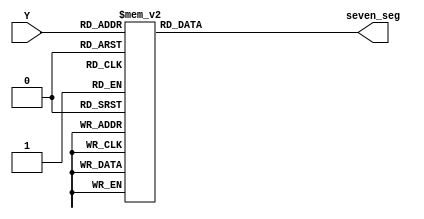
`timescale 1ns / 1ps
/********* EXAMPLE SEVEN SEGMENT DISPLAY MODULE **********/
/* This function would be used to convert a decimal digit*/
/* into a proper seven segment display value. Refer to   */
/* reference manual for seven segment led configuration  */
module sevenseg(Y,seven_seg);
input [3:0] Y;
output reg [6:0] seven_seg;

always @(*)begin
case (Y[3:0])
	   4'b0000:	seven_seg= 7'b0000001 ;
	   4'b0001:	seven_seg= 7'b1001111 ;
	   4'b0010:	seven_seg= 7'b0010010 ;
	   4'b0011:	seven_seg= 7'b0000110 ;
	   4'b0100:	seven_seg= 7'b1001100 ;
	   4'b0101:	seven_seg= 7'b0100100 ;
	   4'b0110:	seven_seg= 7'b0100000 ;
	   4'b0111:	seven_seg= 7'b0001111 ;
	   4'b1000:	seven_seg= 7'b0000000 ;
	   4'b1001:	seven_seg= 7'b0000100 ;
	   4'b1010:	seven_seg= 7'b0001000 ;
	   4'b1011:	seven_seg= 7'b1100000 ;
	   4'b1100:	seven_seg= 7'b0110001 ;
	   4'b1101:	seven_seg= 7'b1000010 ;
	   4'b1110:	seven_seg= 7'b0110000 ;
	   4'b1111:	seven_seg= 7'b0111000 ;
endcase
end
endmodule